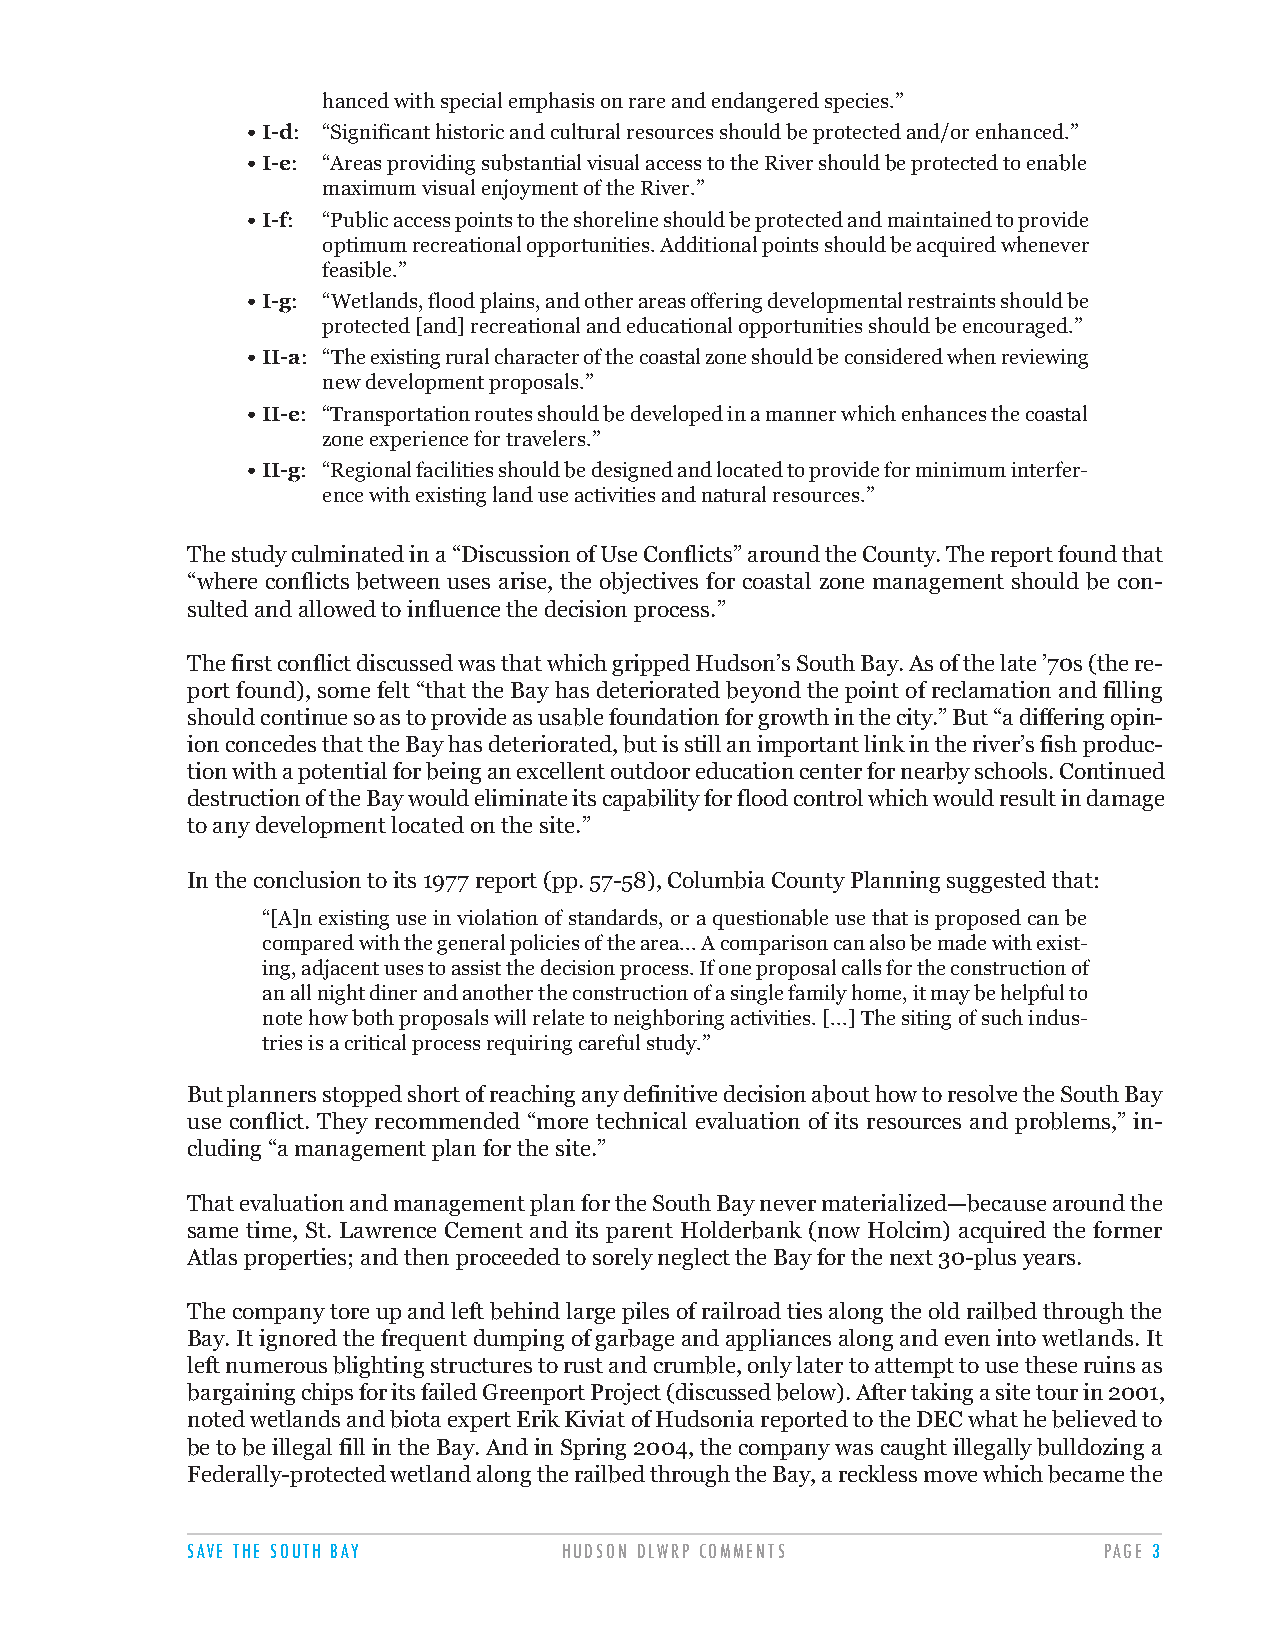
hanced with special emphasis on rare and endangered species.”
 • I-d: “Significant historic and cultural resources should be protected and/or enhanced.”
 • I-e: “Areas providing substantial visual access to the River should be protected to enable
 maximum visual enjoyment of the River.”
 • I-f: “Public access points to the shoreline should be protected and maintained to provide
 optimum recreational opportunities. Additional points should be acquired whenever
 feasible.”
 • I-g: “Wetlands, flood plains, and other areas offering developmental restraints should be
 protected [and] recreational and educational opportunities should be encouraged.”
 • II-a: “The existing rural character of the coastal zone should be considered when reviewing
 new development proposals.”
 • II-e: “Transportation routes should be developed in a manner which enhances the coastal
 zone experience for travelers.”
 • II-g: “Regional facilities should be designed and located to provide for minimum interfer-
 ence with existing land use activities and natural resources.”
 The study culminated in a “Discussion of Use Conflicts” around the County. The report found that
 “where conflicts between uses arise, the objectives for coastal zone management should be con-
 sulted and allowed to influence the decision process.”
 The first conflict discussed was that which gripped Hudson’s South Bay. As of the late ’70s (the re-
 port found), some felt “that the Bay has deteriorated beyond the point of reclamation and filling
 should continue so as to provide as usable foundation for growth in the city.” But “a differing opin-
 ion concedes that the Bay has deteriorated, but is still an important link in the river’s fish produc-
 tion with a potential for being an excellent outdoor education center for nearby schools. Continued
 destruction of the Bay would eliminate its capability for flood control which would result in damage
 to any development located on the site.”
 In the conclusion to its 1977 report (pp. 57-58), Columbia County Planning suggested that:
 “[A]n existing use in violation of standards, or a questionable use that is proposed can be
 compared with the general policies of the area... A comparison can also be made with exist-
 ing, adjacent uses to assist the decision process. If one proposal calls for the construction of
 an all night diner and another the construction of a single family home, it may be helpful to
 note how both proposals will relate to neighboring activities. [...] The siting of such indus-
 tries is a critical process requiring careful study.”
 But planners stopped short of reaching any definitive decision about how to resolve the South Bay
 use conflict. They recommended “more technical evaluation of its resources and problems,” in-
 cluding “a management plan for the site.”
 That evaluation and management plan for the South Bay never materialized—because around the
 same time, St. Lawrence Cement and its parent Holderbank (now Holcim) acquired the former
 Atlas properties; and then proceeded to sorely neglect the Bay for the next 30-plus years.
 The company tore up and left behind large piles of railroad ties along the old railbed through the
 Bay. It ignored the frequent dumping of garbage and appliances along and even into wetlands. It
 left numerous blighting structures to rust and crumble, only later to attempt to use these ruins as
 bargaining chips for its failed Greenport Project (discussed below). After taking a site tour in 2001,
 noted wetlands and biota expert Erik Kiviat of Hudsonia reported to the DEC what he believed to
 be to be illegal fill in the Bay. And in Spring 2004, the company was caught illegally bulldozing a
 Federally-protected wetland along the railbed through the Bay, a reckless move which became the
 SAVE THE SOUTH BAY       HUDSON DLWRP COMMENTS               PAGE 3